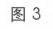
图3